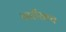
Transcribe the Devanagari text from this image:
तारीखच